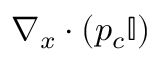
\nabla _ { x } \cdot \left( p _ { c } \mathbb { I } \right)